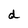
Character: d